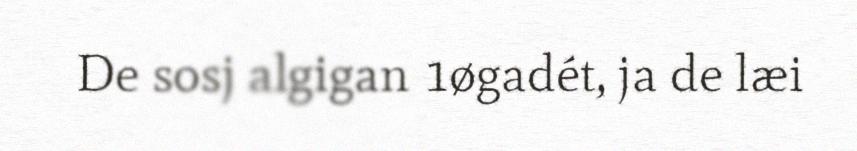
De sosj algigan 1øgadét, ja de læi